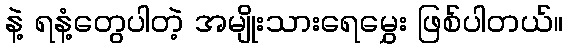
နဲ့ ရနံ့တွေပါတဲ့ အမျိုးသားရေမွှေး ဖြစ်ပါတယ်။